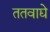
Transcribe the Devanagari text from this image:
ततवाद्ये